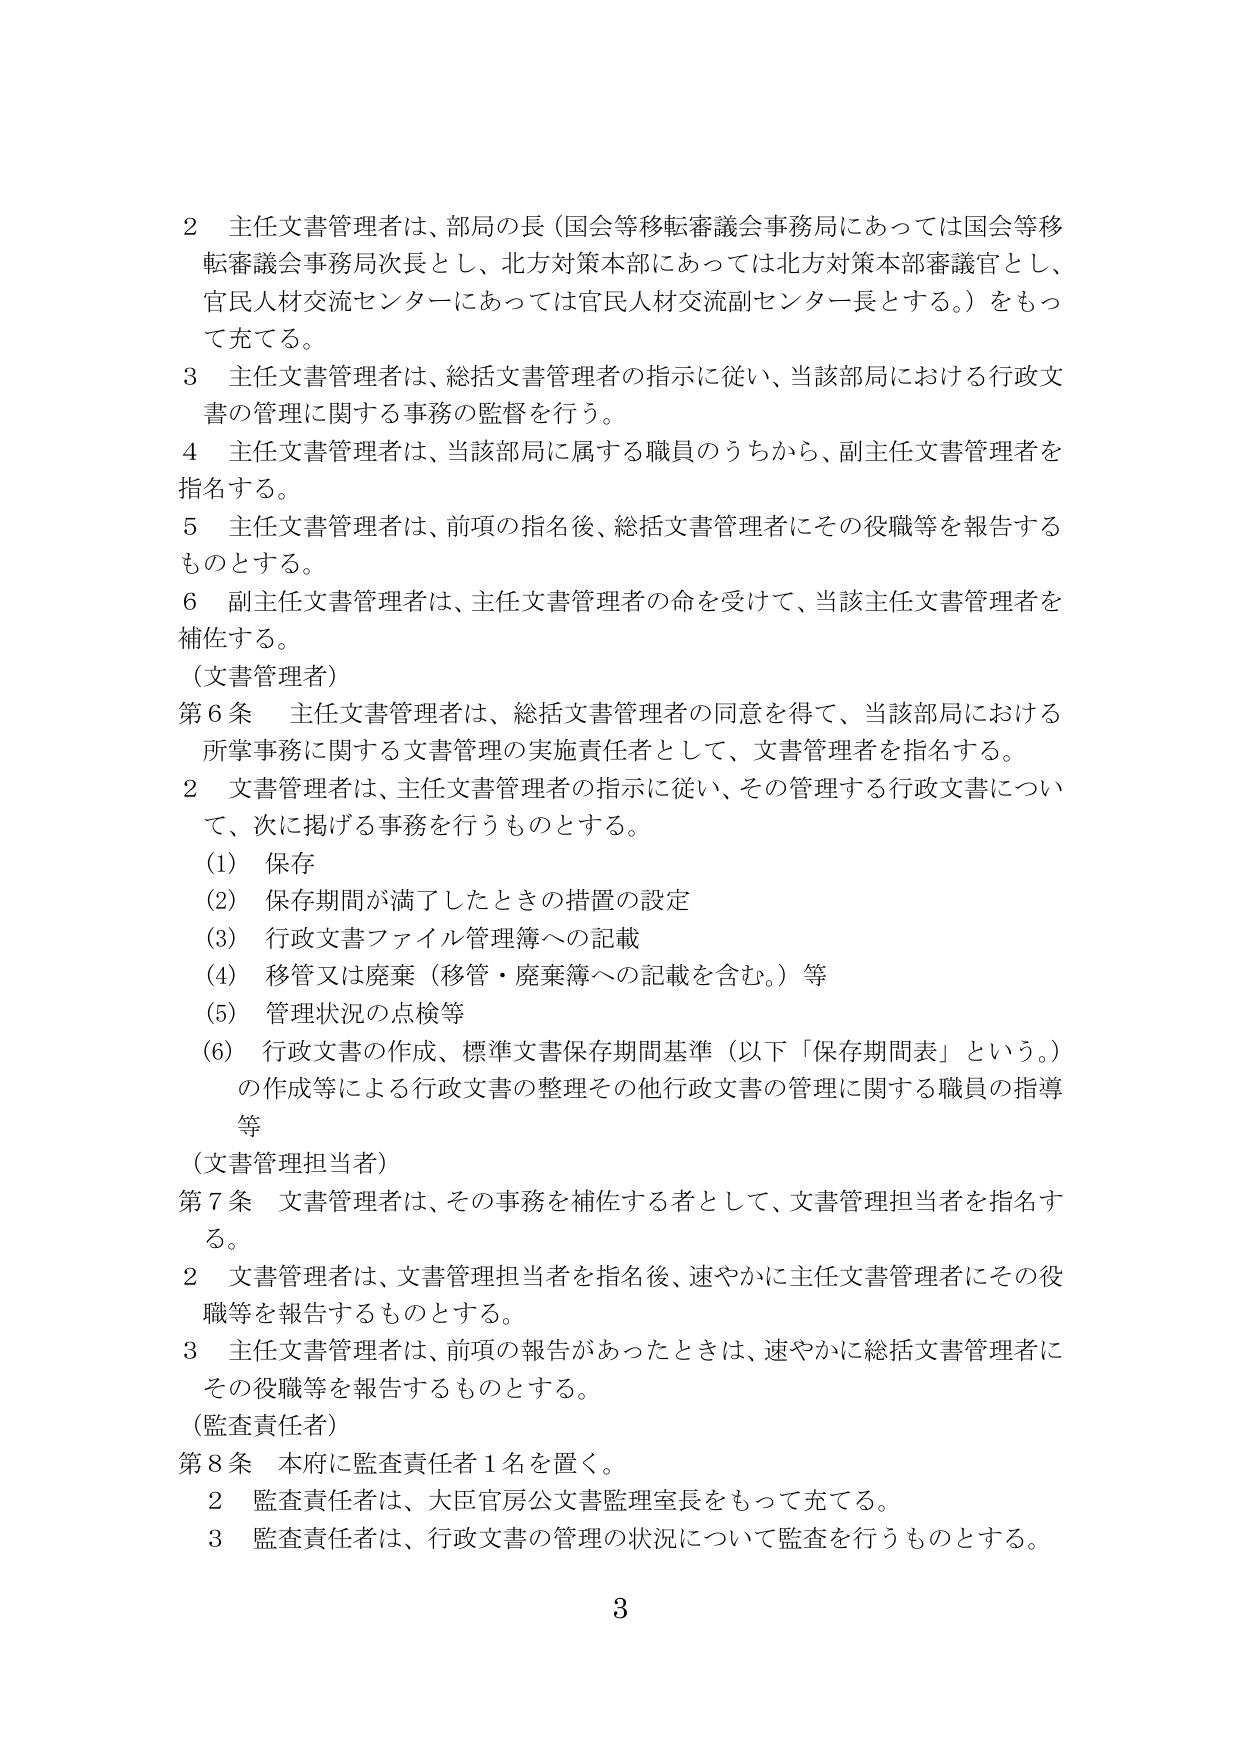
2 主任文書管理者は、部局の長（国会等移転審議会事務局にあっては国会等移転審議会事務局次長とし、北方対策本部にあっては北方対策本部審議官とし、官民人材交流センターにあっては官民人材交流副センター長とする。）をもって充てる。

3 主任文書管理者は、総括文書管理者の指示に従い、当該部局における行政文書の管理に関する事務の監督を行う。

4 主任文書管理者は、当該部局に属する職員のうちから、副主任文書管理者を指名する。

5 主任文書管理者は、前項の指名後、総括文書管理者にその役職等を報告するものとする。

6 副主任文書管理者は、主任文書管理者の命を受けて、当該主任文書管理者を補佐する。

（文書管理者）

第6条 主任文書管理者は、総括文書管理者の同意を得て、当該部局における所掌事務に関する文書管理の実施責任者として、文書管理者を指名する。

2 文書管理者は、主任文書管理者の指示に従い、その管理する行政文書について、次に掲げる事務を行うものとする。

(1) 保存

(2) 保存期間が満了したときの措置の設定

(3) 行政文書ファイル管理簿への記載

(4) 移管又は廃棄（移管・廃棄簿への記載を含む。）等

(5) 管理状況の点検等

(6) 行政文書の作成、標準文書保存期間基準（以下「保存期間表」という。）の作成等による行政文書の整理その他行政文書の管理に関する職員の指導等

（文書管理担当者）

第7条 文書管理者は、その事務を補佐する者として、文書管理担当者を指名する。

2 文書管理者は、文書管理担当者を指名後、速やかに主任文書管理者にその役職等を報告するものとする。

3 主任文書管理者は、前項の報告があったときは、速やかに総括文書管理者にその役職等を報告するものとする。

（監査責任者）

第8条 本府に監査責任者1名を置く。

2 監査責任者は、大臣官房公文書監理室長をもって充てる。

3 監査責任者は、行政文書の管理の状況について監査を行うものとする。

3